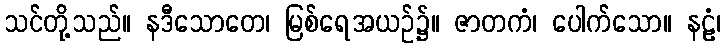
သင်တို့သည်။ နဒီသောတေ၊ မြစ်ရေအယဉ်၌။ ဇာတကံ၊ ပေါက်သော။ နဠံ၊